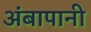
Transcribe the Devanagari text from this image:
अंबापानी